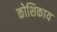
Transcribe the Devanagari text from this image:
कोशिकाय